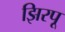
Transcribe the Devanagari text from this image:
झिरपू